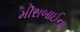
મીરાબાઈના